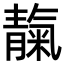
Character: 靝